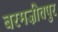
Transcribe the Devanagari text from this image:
बरमज़ीतपुर